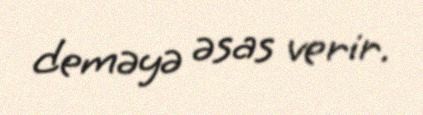
deməyə əsas verir.